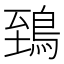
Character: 鵄